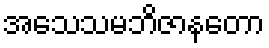
အသေသမဘိဇာနတော